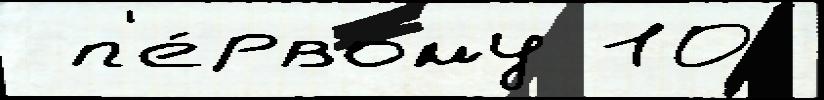
 п'е́рвому 10